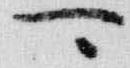
可